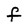
Character: f